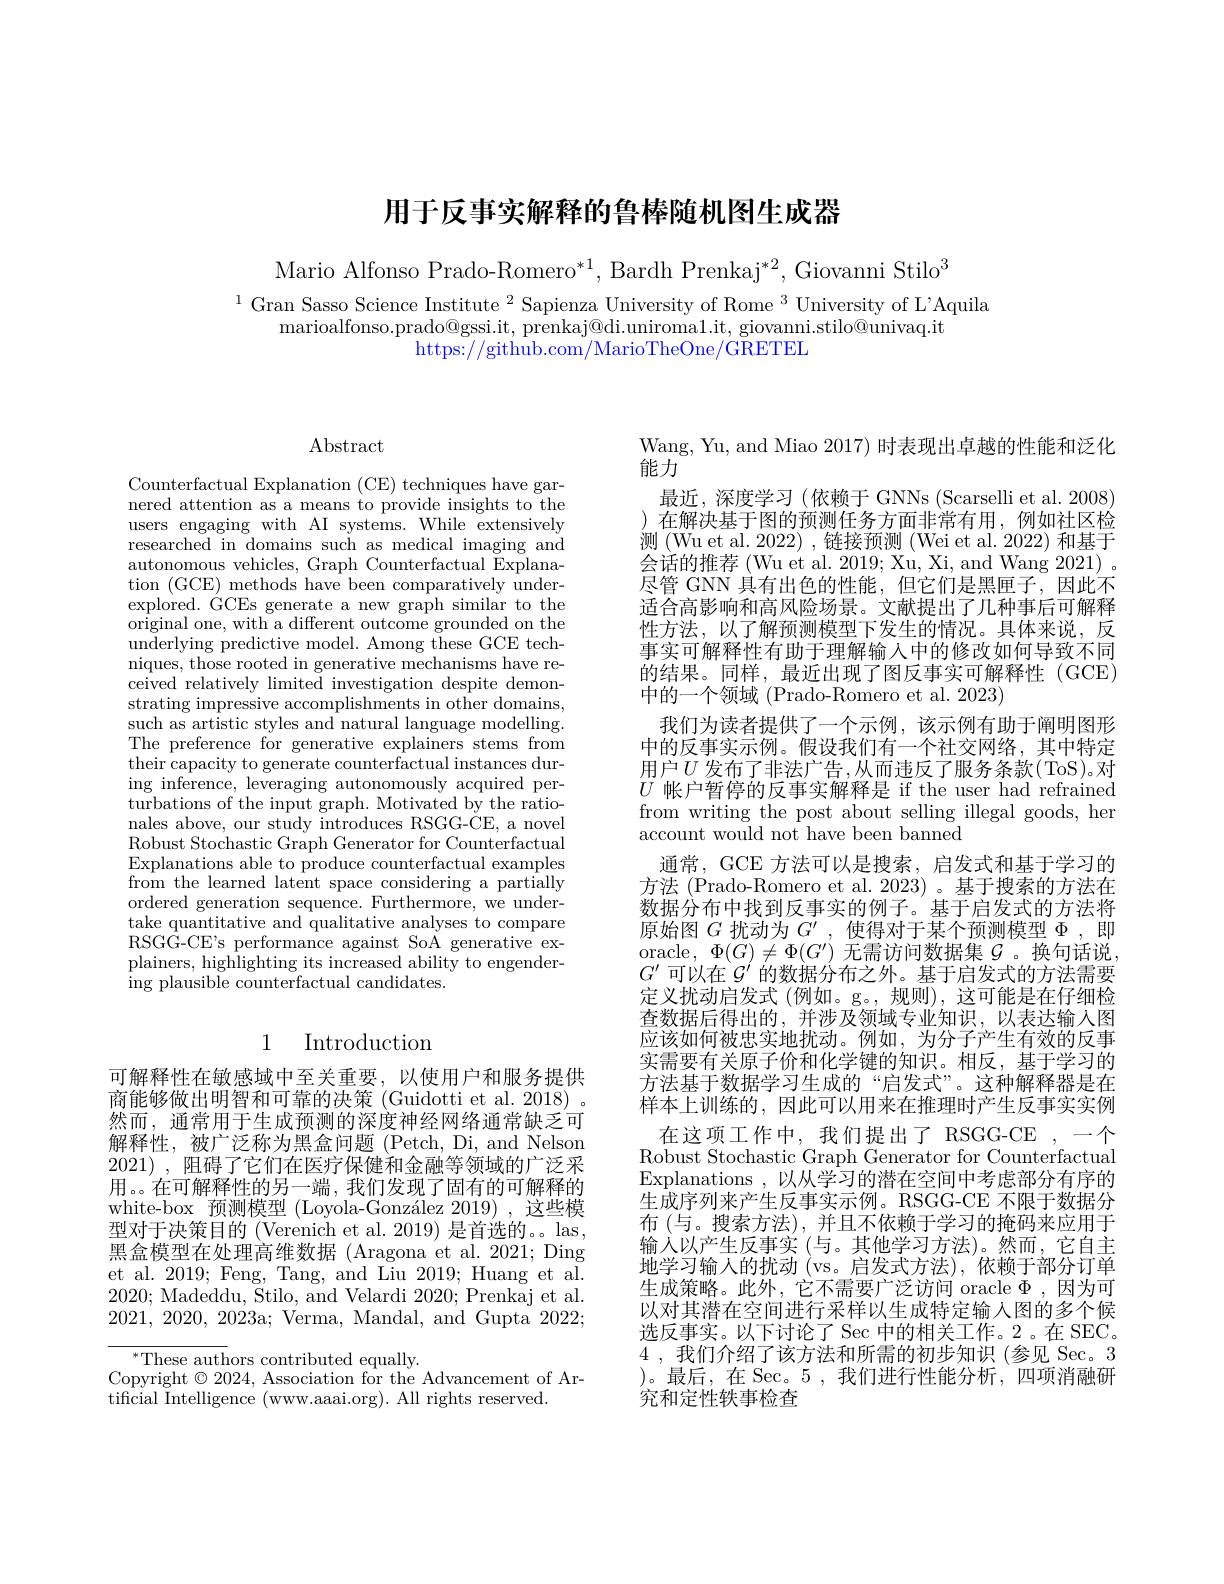
# 用于反事实解释的鲁棒随机图生成器

Mario Alfonso Prado-Romero$^*1$, Bardh Prenkaj$^*2$, Giovanni Stilo$^3$

$^{1}$ Gran Sasso Science Institute $^2$ Sapienza University of Rome $^3$ University of L'Aquila
marioalfonso. prado@ gssi. it, prenkaj@ di. uniroma1. it, giovanni. stilo@ univaq. it
https://github.com/MarioTheOne/GRETEL

$\operatorname{Abstract}$

Counterfactual Explanation (CE) techniques have garnered attention as a means to provide insights to the users engaging with AI systems. While extensively researched in domains such as medical imaging and autonomous vehicles, Graph Counterfactual Explanation (GCE) methods have been comparatively underexplored. GCEs generate a new graph similar to the $\bar{\text{original one, with a different outcome grounded on the}}$ underlying predictive model. Among these GCE techniques, those rooted in generative mechanisms have received relatively limited investigation despite demonstrating impressive accomplishments in other domains, such as artistic styles and natural language modelling. The preference for generative explainers stems from their capacity to generate counterfactual instances during inference, leveraging autonomously acquired perturbations of the input graph. Motivated by the rationales above, our study introduces RSGG-CE, a novel Robust Stochastic Graph Generator for Counterfactual Explanations able to produce counterfactual examples from the learned latent space considering a partially ordered generation sequence. Furthermore, we undertake quantitative and qualitative analyses to compare RSGG-CE's performance against SoA generative explainers, highlighting its increased ability to engendering plausible counterfactual candidates.

## 1 Introduction

可解释性在敏感域中至关重要，以使用户和服务提供商能够做出明智和可靠的决策 (Guidotti et al. 2018) 。然而，通常用于生成预测的深度神经网络通常缺乏可解释性，被广泛称为黑盒问题(Petch,Di,and Nelson 2021) , 阻碍了它们在医疗保健和金融等领域的广泛采用。。在可解释性的另一端，我们发现了固有的可解释的white-box 预测模型 (Loyola-González 2019),这些模型对于决策目的 (Verenich et al. 2019) 是首选的。。las, 黑盒模型在处理高维数据 (Aragona et al. 2021; Ding et al. 2019; Feng, Tang, and Liu 2019; Huang et al. 2020; Madeddu, Stilo, and Velardi 2020; Prenkaj et al. 2021, 2020, 2023a; Verma, Mandal, and Gupta 2022;

$^*$These authors contributed equally.
Copyright $\odot2024$, Association for the Advancement of Ar-
tificial Intelligence (www.aaai.org). All rights reserved.

Wang, Yu, and Miao 2017) 时表现出卓越的性能和泛化
能力
最近，深度学习(依赖于 GNNs (Scarselli et al. 2008) )在解决基于图的预测任务方面非常有用，例如社区检测(Wu et al. 2022),链接预测(Wei et al. 2022) 和基于会话的推荐 (Wu et al. 2019; Xu, Xi, and Wang 2021) 。尽管 GNN 具有出色的性能，但它们是黑匣子，因此不适合高影响和高风险场景。文献提出了几种事后可解释性方法，以了解预测模型下发生的情况。具体来说，反事实可解释性有助于理解输入中的修改如何导致不同的结果。同样，最近出现了图反事实可解释性(GCE) 中的一个领域 (Prado-Romero et al. 2023)
我们为读者提供了一个示例，该示例有助于阐明图形中的反事实示例。假设我们有一个社交网络，其中特定用户$U$ 发布了非法广告，从而违反了服务条款(ToS)。对$U$帐户暂停的反事实解释是 if the user had refrained from writing the post about selling illegal goods, her account would not have been banned
通常，GCE 方法可以是搜索，启发式和基于学习的方法 (Prado-Romero et al.2023)。基于搜索的方法在数据分布中找到反事实的例子。基于启发式的方法将原始图$G$扰动为$G^\prime$,使得对于某个预测模型$\Phi$,即oracle,$\Phi(G)\neq\Phi(G^{\prime})$无需访问数据集$\mathcal{G}$ 。换句话说， $G^{\prime}$可以在$\mathcal{G}^\prime$的数据分布之外。基于启发式的方法需要定义扰动启发式(例如。g。,规则),这可能是在仔细检查数据后得出的，并涉及领域专业知识，以表达输入图应该如何被忠实地扰动。例如，为分子产生有效的反事实需要有关原子价和化学键的知识。相反，基于学习的方法基于数据学习生成的“启发式”。这种解释器是在样本上训练的，因此可以用来在推理时产生反事实实例
在这项工作中，我们提出了 RSGG-CE ,一个Robust Stochastic Graph Generator for Counterfactual Explanations , 以从学习的潜在空间中考虑部分有序的生成序列来产生反事实示例。RSGG-CE 不限于数据分布 (与。搜索方法),并且不依赖于学习的掩码来应用于输入以产生反事实(与。其他学习方法)。然而，它自主地学习输入的扰动(vs。启发式方法),依赖于部分订单生成策略。此外，它不需要广泛访问 oracle $\Phi$ ,因为可以对其潜在空间进行采样以生成特定输入图的多个候选反事实。以下讨论了 Sec 中的相关工作。2。在 SEC。4 ,我们介绍了该方法和所需的初步知识 (参见 Sec。3 )。最后，在 Sec。5 ,我们进行性能分析，四项消融研究和定性轶事检查